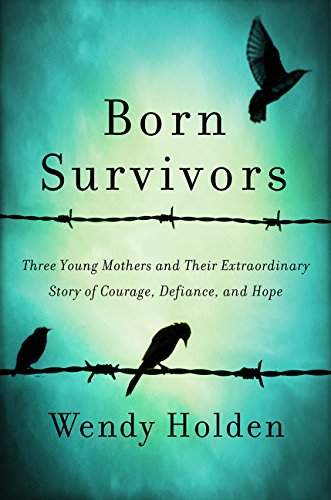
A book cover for Born Survivors: Three Young Mothers and Their Extraordinary Story of Courage, Defiance, and Hope; Wendy Holden; History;